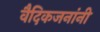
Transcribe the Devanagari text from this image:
वैदिकजनांनी